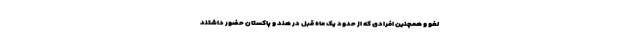
لغو و همچنین افرادی که از حدود یک ماه قبل در هند و پاکستان حضور داشتند